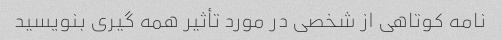
نامه کوتاهی از شخصی در مورد تأثیر همه گیری بنویسید